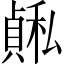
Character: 𫁅